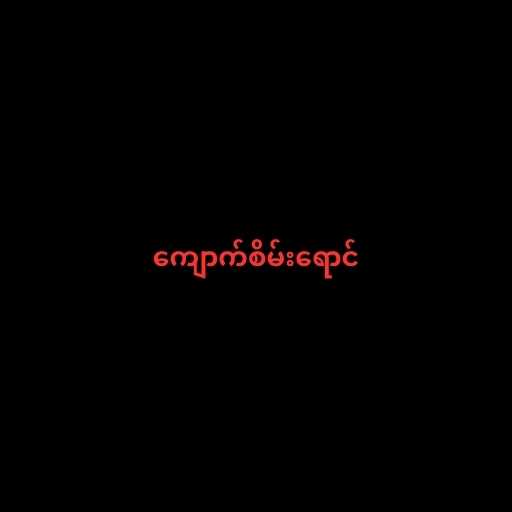
ကျောက်စိမ်းရောင်